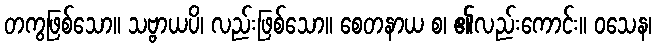
တကွဖြစ်သော။ သဗ္ဗာယပိ၊ လည်းဖြစ်သော။ စေတနာယ စ၊ ၏လည်းကောင်း။ ဝသေန၊